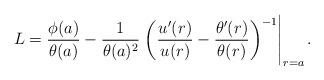
LaTeX: \begin{align*}L =\frac{\phi(a)}{\theta(a)} -\frac{1}{\theta(a)^2} \left.\left(\frac{u^\prime(r)}{u(r)} -\frac{\theta^\prime(r)}{\theta(r)}\right)^{-1}\right|_{r=a} .\end{align*}